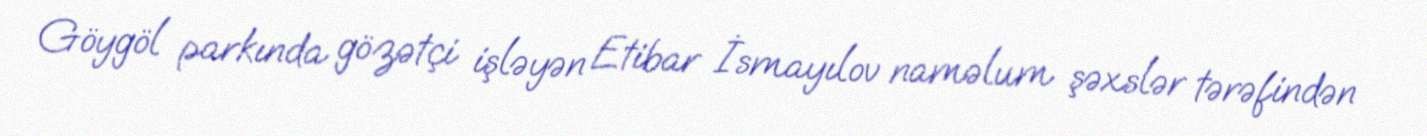
Göygöl parkında gözətçi işləyən Etibar İsmayılov naməlum şəxslər tərəfindən